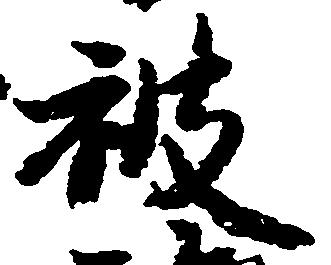
被